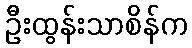
ဦးထွန်းသာစိန်က